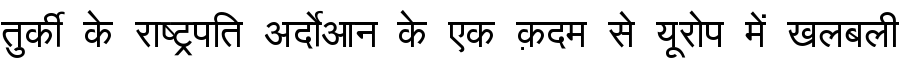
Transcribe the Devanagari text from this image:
तुर्की के राष्ट्रपति अर्दोआन के एक क़दम से यूरोप में खलबली